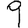
Digit: 9